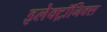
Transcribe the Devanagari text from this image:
इलेक्ट्रॉनिक्‍स